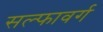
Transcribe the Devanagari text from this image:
सल्फावर्ग